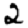
Digit: 2